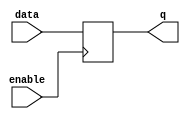
module latch(
  input data,
  input enable,
  output reg q
);

  always @ (posedge enable)
    if (enable)
      q <= data;

endmodule